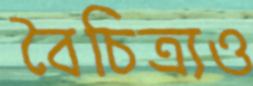
বৈচিত্র্যও